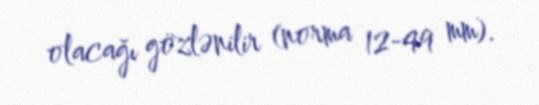
olacağı gözlənilir (norma 12-49 mm).